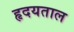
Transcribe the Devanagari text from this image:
हृदयताल